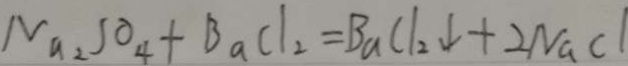
N a _ { 2 } S O _ { 4 } + B a C l _ { 2 } = B a C l _ { 2 } \downarrow + 2 N a C l